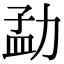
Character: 勐